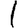
Digit: 1